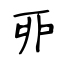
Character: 丣